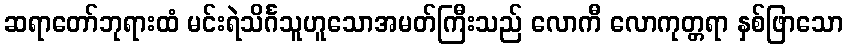
ဆရာတော်ဘုရားထံ မင်းရဲသိင်္ဂသူဟူသောအမတ်ကြီးသည် လောကီ လောကုတ္တရာ နှစ်ဖြာသော